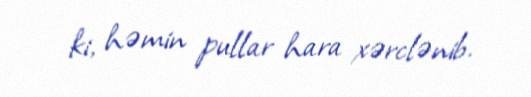
ki, həmin pullar hara xərclənib.